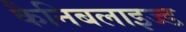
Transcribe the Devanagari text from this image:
कैनिबलाइज्ड